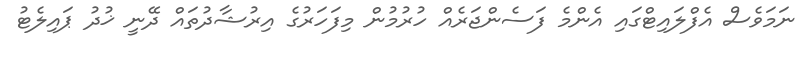
ނަމަވެސް އެފްލައިޓްގައި އެންމެ ފަސެންޖަރެއް ހުރުމުން މިފަހަރުގެ އިރުޝާދުތައް ދޭނީ ޚުދު ޕައިލެޓު